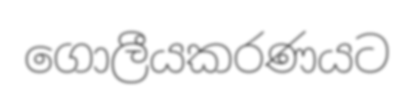
ගොලීයකරණයට